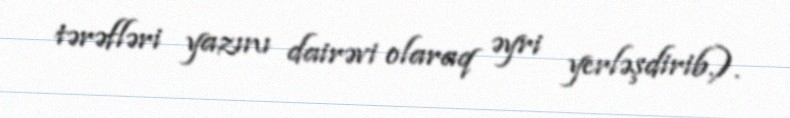
tərəfləri yazını dairəvi olaraq əyri yerləşdirib.).